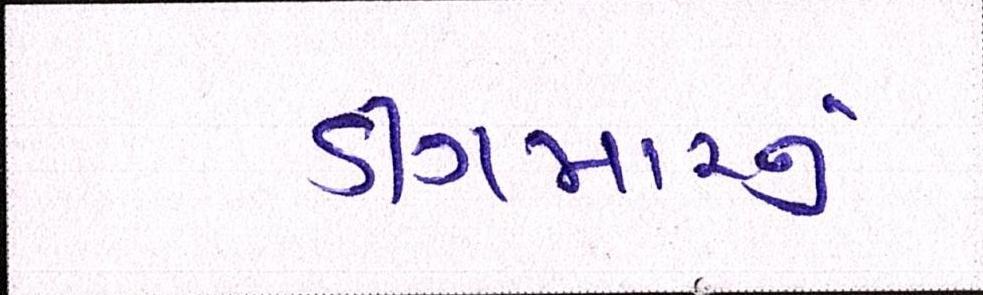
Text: ડીંગમારનું